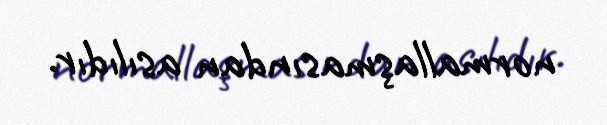
normallaşmasından asılıdır.